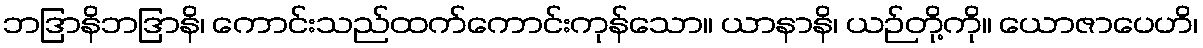
ဘဒြာနိဘဒြာနိ၊ ကောင်းသည်ထက်ကောင်းကုန်သော။ ယာနာနိ၊ ယဉ်တို့ကို။ ယောဇာပေဟိ၊